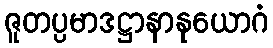
ဇူတပ္ပမာဒဋ္ဌာနာနုယောဂံ